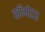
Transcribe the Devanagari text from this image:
कॉमोटर